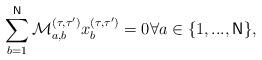
LaTeX: \begin{align*}\sum_{b=1}^{\mathsf{N}}\mathcal{M}_{a,b}^{\left( \tau ,\tau ^{\prime}\right) }x_{b}^{\left( \tau ,\tau ^{\prime }\right) }=0\forall a\in \{1,...,\mathsf{N}\}, \end{align*}